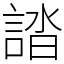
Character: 誻